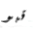
قبو